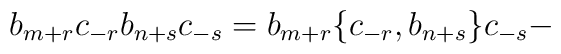
b_{m+r} c_{-r} b_{n+s} c_{-s} = b_{m+r} \lbrace c_{-r}, b_{n+s}\rbrace c_{-s} -